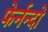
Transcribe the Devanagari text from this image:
फेर्नन्दो